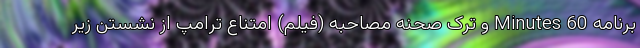
برنامه 60 Minutes و ترک صحنه مصاحبه (فیلم) امتناع ترامپ از نشستن زیر